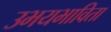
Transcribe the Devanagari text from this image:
उभयभाविता